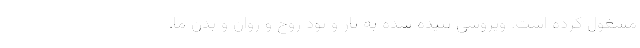
مشغول کرده است. ویروسی تنیده شده به تار و پود روح و روان و بدن ما.